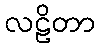
လဠိတာ